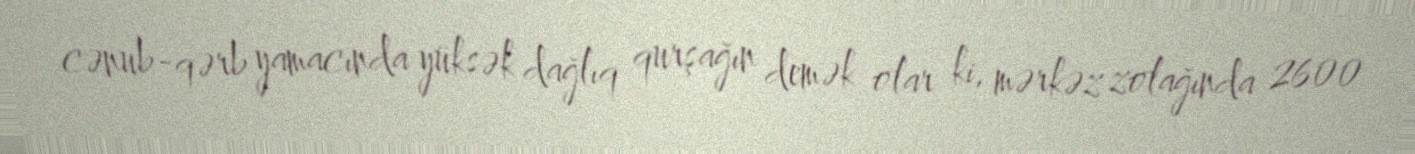
cənub-qərb yamacında yüksək dağlıq qurşağın demək olar ki, mərkəz zolağında 2600